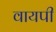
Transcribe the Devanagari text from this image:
वायपी